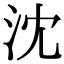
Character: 沈